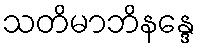
သတိမာဘိနန္ဒေ